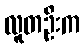
လူတဦးက